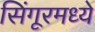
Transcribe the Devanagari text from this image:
सिंगूरमध्ये